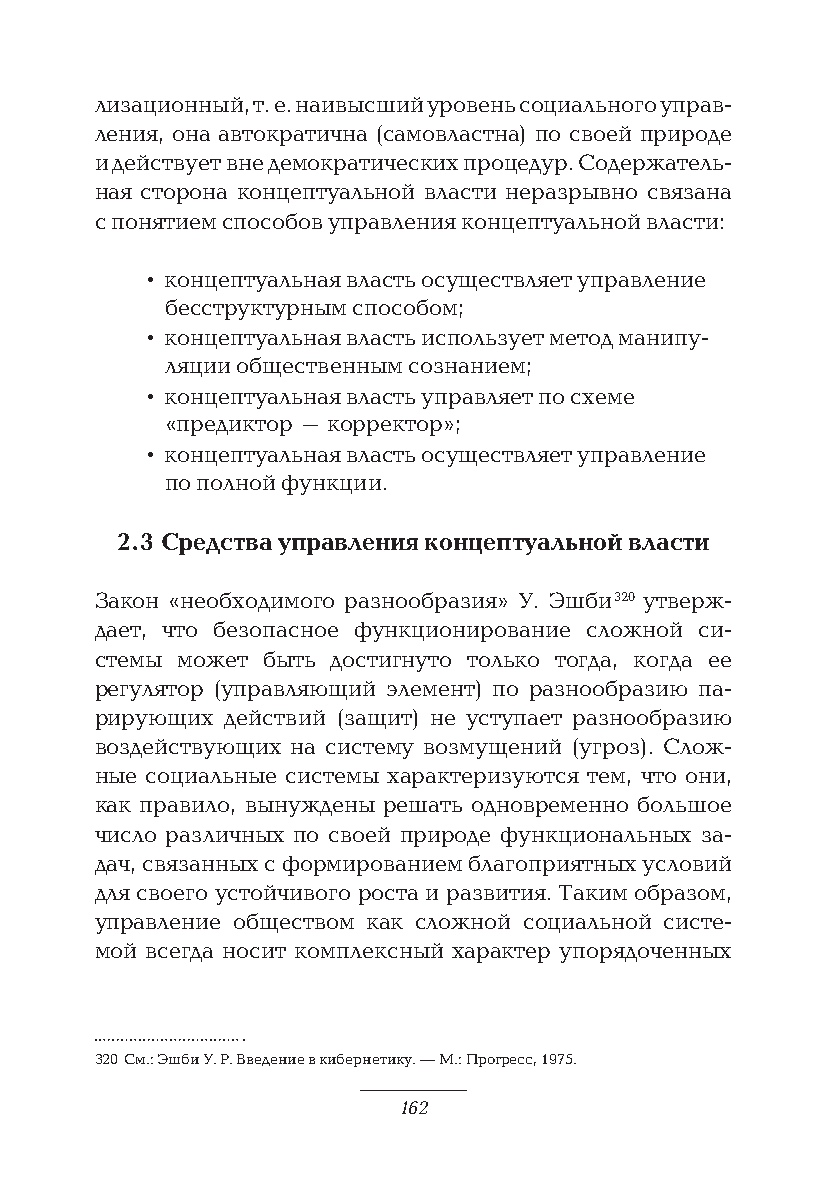
лизационный, т. е. наивысший уровень социального управ-
 ления, она автократична (самовластна) по своей природе
 и действует вне демократических процедур. Содержатель-
 ная сторона концептуальной власти неразрывно связана
 с понятием способов управления концептуальной власти:
 • концептуальная власть осуществляет управление
 бесструктурным способом;
 • концептуальная власть использует метод манипу-
 ляции общественным сознанием;
 • концептуальная власть управляет по схеме
 «предиктор – корректор»;
 • концептуальная власть осуществляет управление
 по полной функции.
 2.3 Средства управления концептуальной власти
 Закон «необходимого разнообразия» У. Эшби 320 утверж-
 дает, что безопасное функционирование сложной си-
 стемы может быть достигнуто только тогда, когда ее
 регулятор (управляющий элемент) по разнообразию па-
 рирующих действий (защит) не уступает разнообразию
 воздействующих на систему возмущений (угроз). Слож-
 ные социальные системы характеризуются тем, что они,
 как правило, вынуждены решать одновременно большое
 число различных по своей природе функциональных за-
 дач, связанных с формированием благоприятных условий
 для своего устойчивого роста и развития. Таким образом,
 управление обществом как сложной социальной систе-
 мой всегда носит комплексный характер упорядоченных
 320 См.: Эшби У. Р. Введение в кибернетику. — М.: Прогресс, 1975.
 162